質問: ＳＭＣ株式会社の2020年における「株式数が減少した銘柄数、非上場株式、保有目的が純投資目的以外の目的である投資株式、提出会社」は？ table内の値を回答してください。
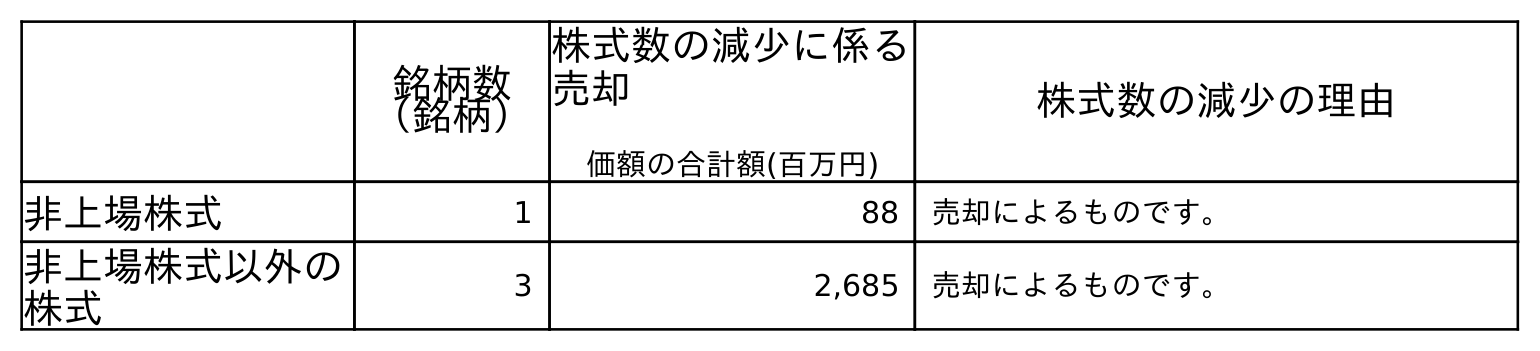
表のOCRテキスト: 銘柄数 （銘柄） 株式数の減少に係る 売却 価額の合計額(百万円) 株式数の減少の理由 非上場株式 1 88 売却によるものです。 非上場株式以外の 株式 3 2,685 売却によるものです。
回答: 1